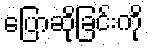
ပြောဆိုခြင်းကို